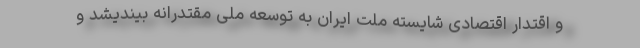
و اقتدار اقتصادی شایسته ملت ایران به توسعه ملی مقتدرانه بیندیشد و